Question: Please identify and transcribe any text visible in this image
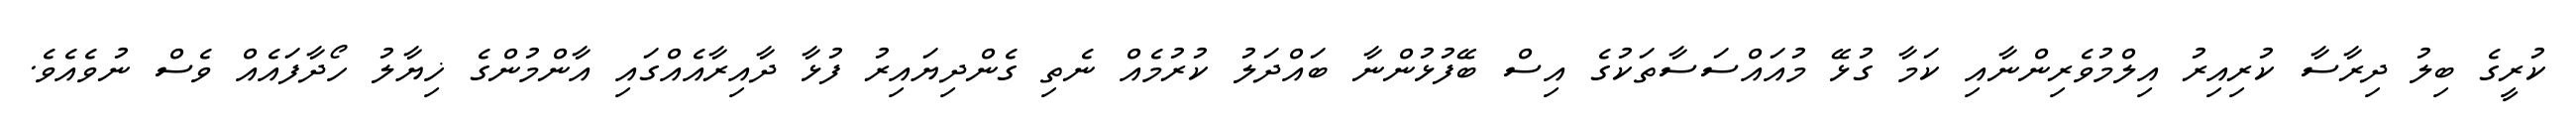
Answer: ކުރީގެ ބިލު ދިރާސާ ކުރިއިރު އިލްމުވެރިންނާއި ކަމާ ގުޅޭ މުއައްސަސާތަކުގެ އިސް ބޭފުޅުންނާ ބައްދަލު ކުރުމެއް ނެތި ގެންދިޔައިރު ފުޅާ ދާއިރާއެއްގައި އާންމުންގެ ޚިޔާލު ހޯދާފައެއް ވެސް ނުވެއެވެ.